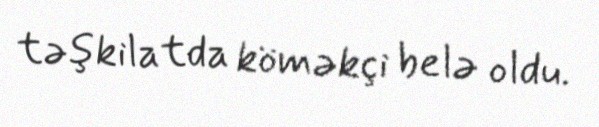
təşkilatda köməkçi belə oldu.